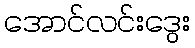
အောင်လင်းဒွေး